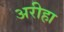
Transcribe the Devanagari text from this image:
अरीहा